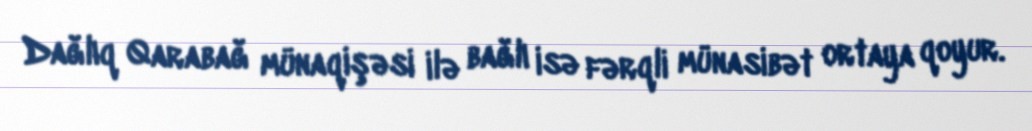
Dağlıq Qarabağ münaqişəsi ilə bağlı isə fərqli münasibət ortaya qoyur.